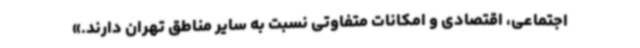
اجتماعی، اقتصادی و امکانات متفاوتی نسبت به سایر مناطق تهران دارند.»